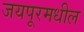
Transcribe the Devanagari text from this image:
जयपूरमधील